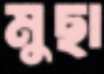
মুছা